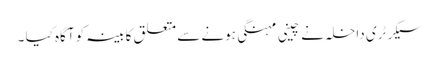
سیکرٹری داخلہ نے چینی مہنگی ہونے سے متعلق کابینہ کو آگاہ کیا ۔